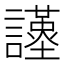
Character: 𧭩